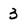
Character: 3